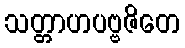
သတ္တာဟပဗ္ဗဇိတေ